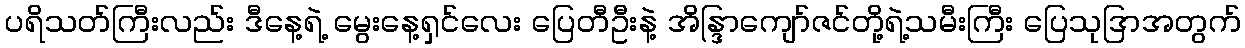
ပရိသတ်ကြီးလည်း ဒီနေ့ရဲ့ မွေးနေ့ရှင်လေး ပြေတီဦးနဲ့ အိန္ဒြာကျော်ဇင်တို့ရဲ့သမီးကြီး ပြေသုဒြာအတွက်